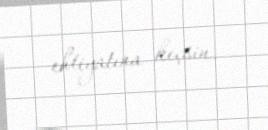
ehtiyatına keçsin.